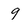
Character: 9